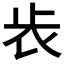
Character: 𣥏